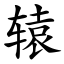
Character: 辕